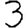
Digit: 3